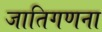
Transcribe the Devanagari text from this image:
जातिगणना